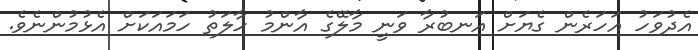
އެދުވަހު އަހަރެން ގެޔަށް އަނބުރާ ވަނީ މާލޭގެ އާންމު ހާލަތު ހަމައަކަށް އެޅުމުންނެވެ.